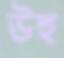
উহু